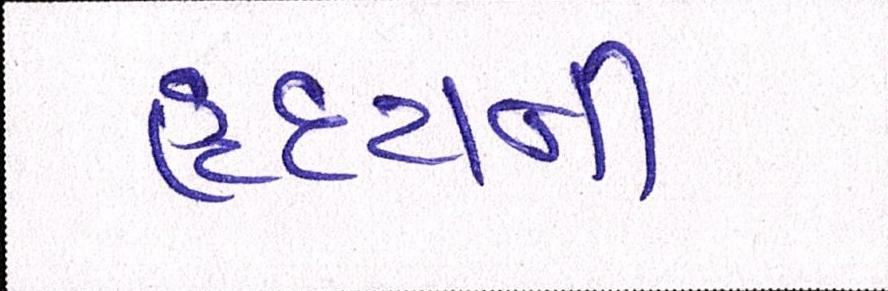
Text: હૃદયની